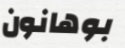
بوهانون